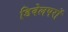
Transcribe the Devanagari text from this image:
डिवेलपरों